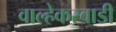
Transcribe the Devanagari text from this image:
वाल्हेकरवाडी